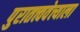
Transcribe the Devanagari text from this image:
पुरातत्त्ववेत्त्याला